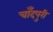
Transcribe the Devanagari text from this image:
चाँदपुरी